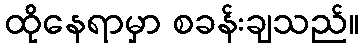
ထိုနေရာမှာ စခန်းချသည်။